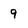
Character: 9